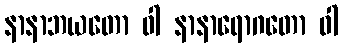
နာနာဘယတော ဝါ နာနာရောဂတော ဝါ